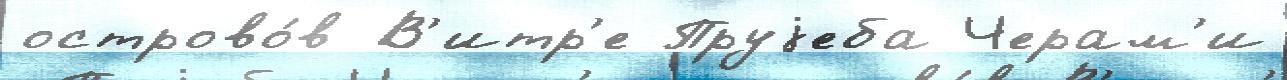
острово́в В'итр'е Пруjеба Черам'и